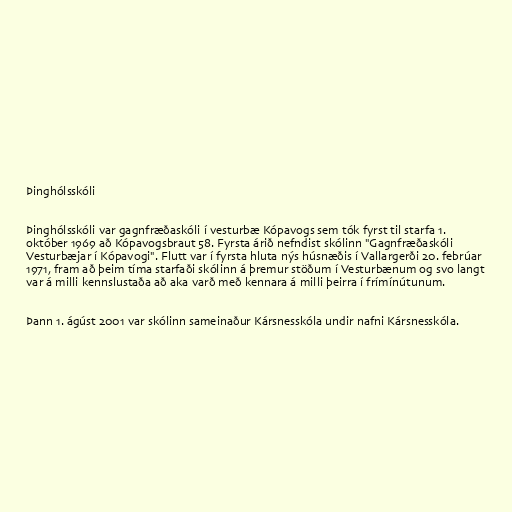
Þinghólsskóli

Þinghólsskóli var gagnfræðaskóli í vesturbæ Kópavogs sem tók fyrst til starfa 1.
október 1969 að Kópavogsbraut 58. Fyrsta árið nefndist skólinn "Gagnfræðaskóli
Vesturbæjar í Kópavogi". Flutt var í fyrsta hluta nýs húsnæðis í Vallargerði 20. febrúar
1971, fram að þeim tíma starfaði skólinn á þremur stöðum í Vesturbænum og svo langt
var á milli kennslustaða að aka varð með kennara á milli þeirra í frímínútunum.

Þann 1. ágúst 2001 var skólinn sameinaður Kársnesskóla undir nafni Kársnesskóla.